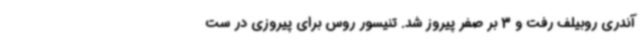
آندری روبیلف رفت و 3 بر صفر پیروز شد. تنیسور روس برای پیروزی در ست